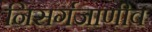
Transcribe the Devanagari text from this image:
निसर्गजाणीव